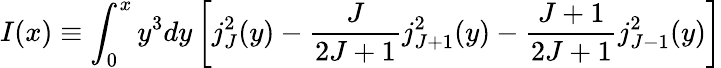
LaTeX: I(x)\equiv\int_{0}^{x}y^{3}dy\left[j_{J}^{2}(y)-\frac{J}{2J+1}j_{J+1}^{2}(y)-\frac{J+1}{2J+1}j_{J-1}^{2}(y)\right]